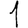
Digit: 1